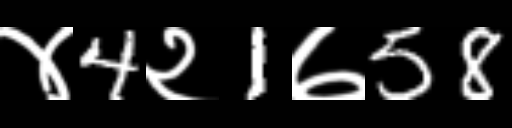
Text: ४4२1७58